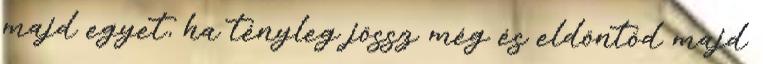
majd egyet, ha tényleg jössz még és eldöntöd majd